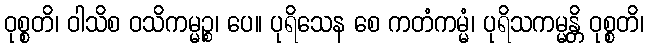
ဝုစ္စတိ၊ ဝါသိစ ဝသိကမ္မဉ္စ၊ ပေ။ ပုရိသေန စေ ကတံကမ္မံ၊ ပုရိသကမ္မန္တိ ဝုစ္စတိ၊